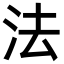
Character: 法